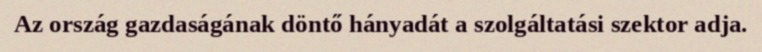
Az ország gazdaságának döntő hányadát a szolgáltatási szektor adja.